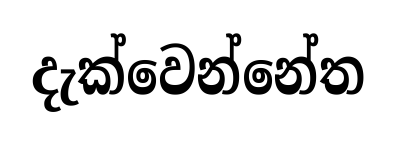
දැක්වෙන්නේත